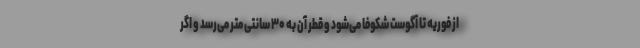
از فوریه تا آگوست شکوفا می‌شود و قطر آن به ۳۰ سانتی متر می‌رسد و اگر